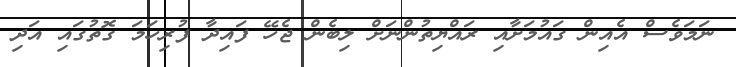
ނަމަވެސް އެއިން ގައުމަށާއި ރައްޔިތުންނަށް ލިބެން ޖެހޭ ފައިދާ ފުރިހަމަ ގޮތުގައި އަދި